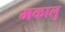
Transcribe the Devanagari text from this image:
मकालु